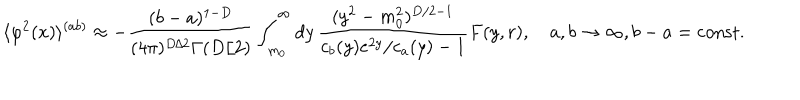
\langle \varphi ^ { 2 } ( x ) \rangle ^ { ( a b ) } \approx - \frac { ( b - a ) ^ { 1 - D } } { ( 4 \pi ) ^ { D / 2 } \Gamma ( D / 2 ) } \int _ { m _ { 0 } } ^ { \infty } d y \, \frac { ( y ^ { 2 } - m _ { 0 } ^ { 2 } ) ^ { D / 2 - 1 } } { c _ { b } ( y ) e ^ { 2 y } / c _ { a } ( y ) - 1 } F ( y , r ) , \quad a , b \to \infty , b - a = { \mathrm { c o n s t } } .